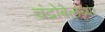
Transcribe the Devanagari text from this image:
चंद्रोबेलब्बा